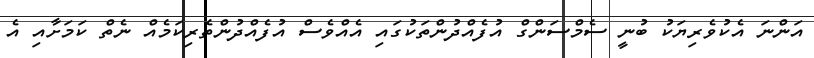
އަންނަ އެކުވެރިޔަކު ބުނީ ސެމްސަންގް އުފެއްދުންތަކުގައި އެއްވެސް އުފެއްދުންތެރިކަމެއް ނެތް ކަމަށާއި އެ